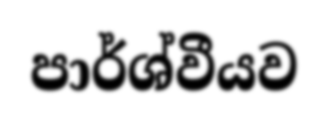
පාර්ශ්වීයව